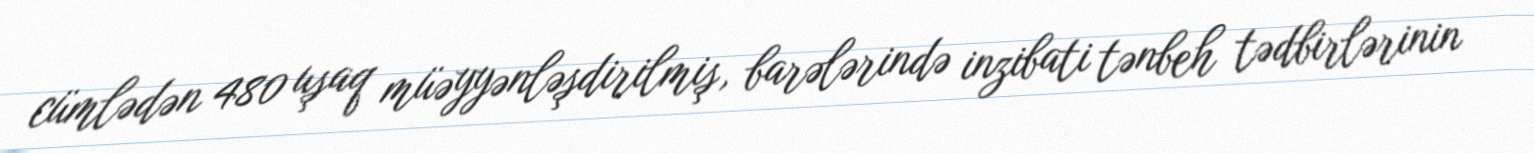
cümlədən 480 uşaq müəyyənləşdirilmiş, barələrində inzibati tənbeh tədbirlərinin